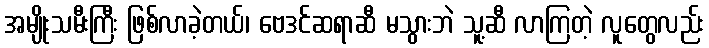
အမျိုးသမီးကြီး ဖြစ်လာခဲ့တယ်၊ ဗေဒင်ဆရာဆီ မသွားဘဲ သူ့ဆီ လာကြတဲ့ လူတွေလည်း